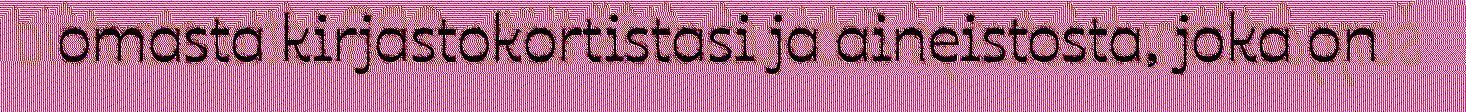
omasta kirjastokortistasi ja aineistosta, joka on